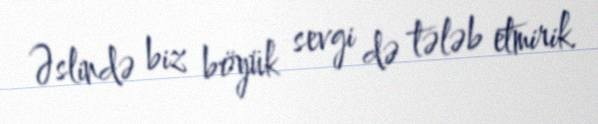
Əslində biz böyük sevgi də tələb etmirik.